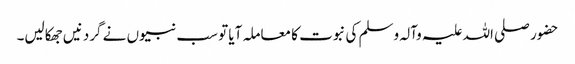
حضور صلی اللہ علیہ وآلہ وسلم کی نبوت کا معاملہ آیا تو سب نبیوں نے گردنیں جھکالیں۔